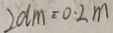
2 d m = 0 . 2 m